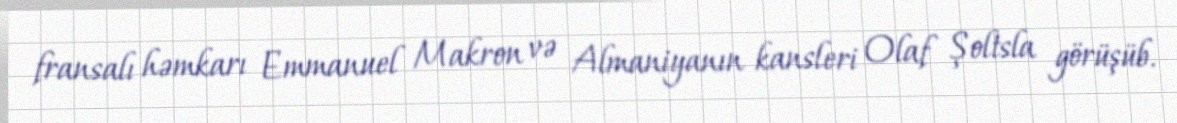
fransalı həmkarı Emmanuel Makron və Almaniyanın kansleri Olaf Şoltsla görüşüb.